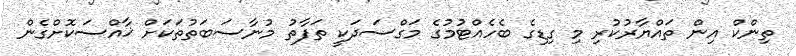
ތިންކް އިން ތައްޔާރުކުރި މި ގިޑިގެ ބެހެއްޓުމުގެ މަގްސަދަކީ ތަފާތު މުނާސަބަތުތަކަށް ޚާއްސަކޮށްގެން